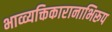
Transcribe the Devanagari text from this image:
भाव्व्यक्तिकारानाभिरूप